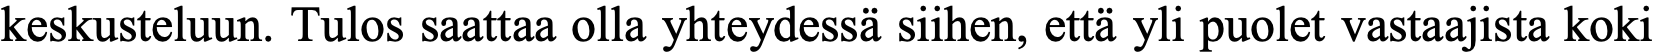
keskusteluun. Tulos saattaa olla yhteydessä siihen, että yli puolet vastaajista koki